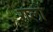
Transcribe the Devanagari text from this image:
गलों